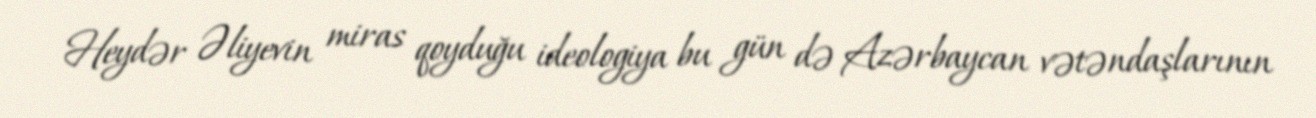
Heydər Əliyevin miras qoyduğu ideologiya bu gün də Azərbaycan vətəndaşlarının